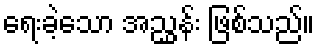
ရေးခဲ့သော အညွှန်း ဖြစ်သည်။